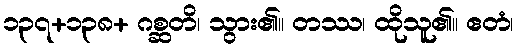
၁၃၇+၁၃၈+ ဂစ္ဆတိ၊ သွား၏။ တဿ၊ ထိုသူ၏။ ဧတံ၊